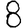
Digit: 8